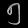
Digit: ၅